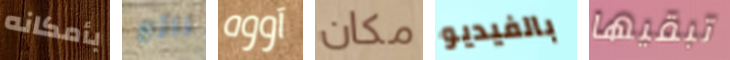
بأمكانه رائع آووه مكان بالفيديو تبقيها